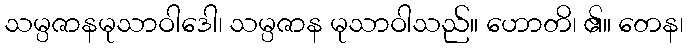
သမ္ပဇာနမုသာဝါဒေါ၊ သမ္ပဇာန မုသာဝါသည်။ ဟောတိ၊ ၏။ တေန၊